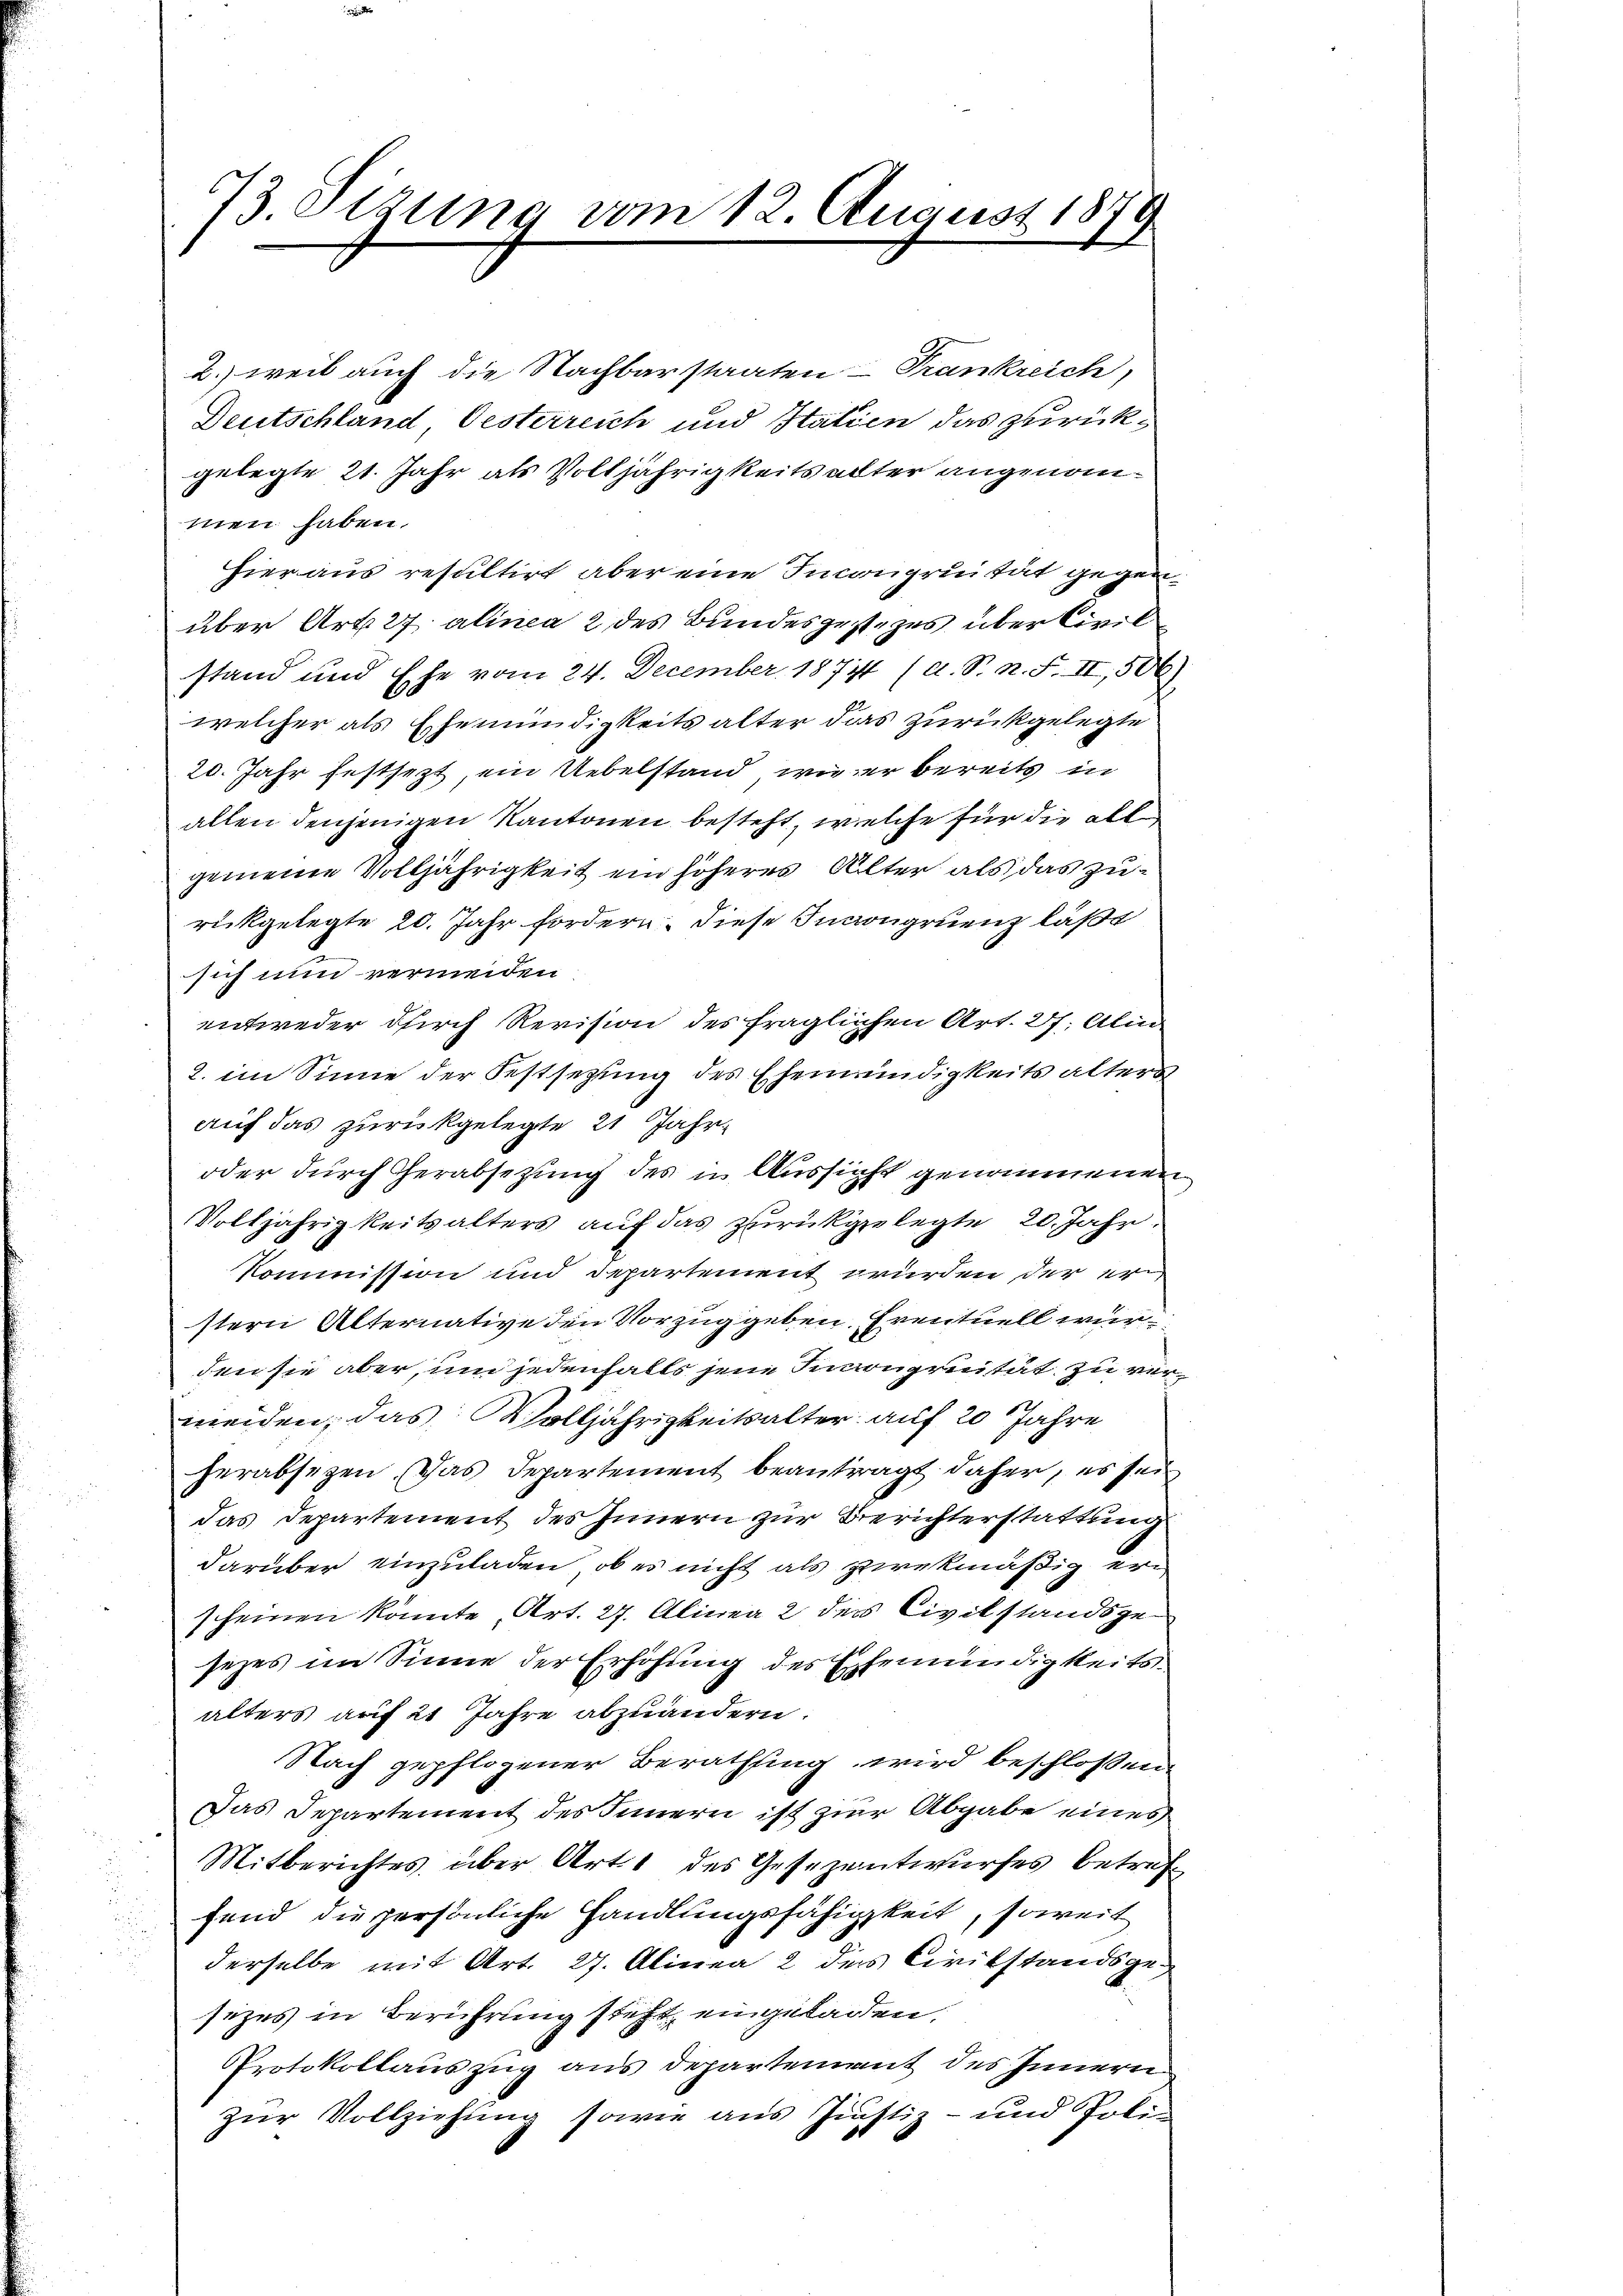
73. Sizung vom 12. August 1879

2.) weil auch die Nachbarstaaten - Trankreich,
Deutschland Oesterreich und Statien das zurückgelegte 21. Jahr als Volljährigkeits alter angenommen haben.
hieraus resultirt aber eine Incongruität gegenüber Art. 27 alinea 2 des Bundesgestezes über Civil
stand und Ehe vom 24. December 1874 (d. S. n. F. II, 500)
welcher als Ehemündigkeits alter dies zurückgelegte
20. Jahr festsezt, ein Uebelstand, wie er bereits in
allen denjenigen Kantonen besteht, welche für die all
gemeine Volljährigkeit ein höheres Alter als das Zurückgelegte 20. Jahr fordern; diese Inaongruenz läßt
sich nun vermeiden
entweder durch Revision des fraglichen Art. 27. Alin
2. im Sinne der Festsetzung des Ehemündigkeits alters
auf das zurückgelegte 21 Jahr-
oder durch Herabsezung des in Aussicht genommenen
Volljährigkeitsalters auf das zurückgelegte 20. Jahr
Kommission und departement würden der er
stern Alternative den Vorzug geben. Eventuell wurden sie aber, um jedenfalls jene Incongruität zu verweiden, das Wolljährigkeitsalter auf 20 Jahre
herabsezen. Das Departement beantragt daher, es sei
das Departement des Innern zur Berichterstattung
darüber einzuladen, ob es nicht als zwekmäßig erscheinen könnte Art. 27. Alinea 2 der Civilstandsgesezes im Sinne der Erhöhung des Ehemündigkeitsalters auf 21 Jahre abzuändern.
Nach gepflogener Berathung wird beschloßen
Das Departement des Innern ist zur Abgabe eines
Mitberichtes über Art. 1 des Gesezentwurfes betreffend die persönliche Handlungsfähigkeit, soweit
derselbe mit Art. 27. Alinea 2 des Civilstandsgesezes in Berührung steht eingeladen.
Protokollauszug aus Departement des Innern
zur Vollziehung sowie aus Justiz- und Pole